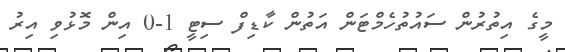
މީގެ އިތުރުން ސައުތުހެމްޓަން އަތުން ކާޑިފް ސިޓީ 1-0 އިން މޮޅުވި އިރު